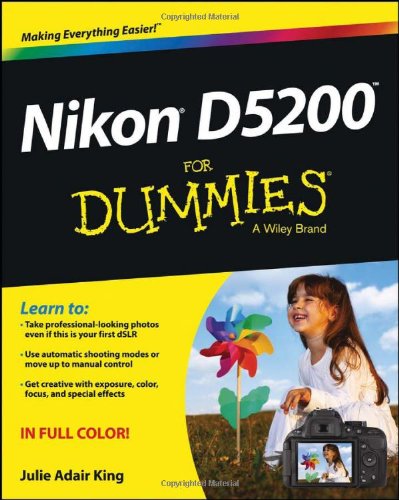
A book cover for Nikon D5200 For Dummies; Julie Adair King; Arts & Photography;